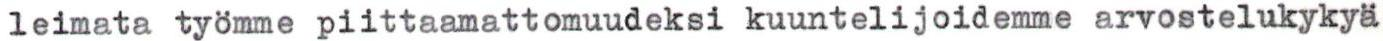
leimata työmme piittaamattomuudeksi kuuntelijoidemme arvostelukykyä